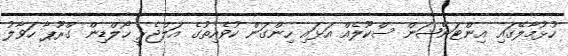
ހުޅުމާލޭގައި އިންޓަނޭޝަން ސްކޫލެއް އަޅައި ހިންގަން ކުވެއިިތުގެ އަލްޖެރީ ހޯލްޑިން ގްރޫޕާ ހަވާލު